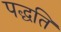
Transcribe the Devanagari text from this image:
पद्घति